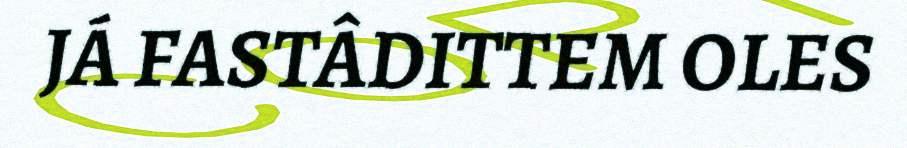
JÁ FASTÂDITTEM OLES